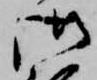
御